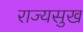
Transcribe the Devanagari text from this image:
राज्यसुख